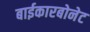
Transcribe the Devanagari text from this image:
बाईकारबोनेट